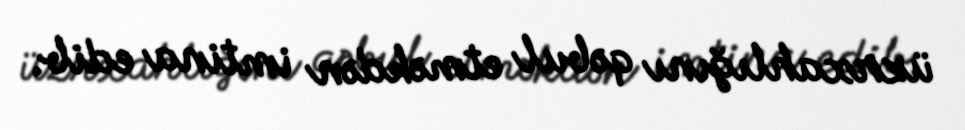
üzrxahlığını qəbul etməkdən imtina edib.